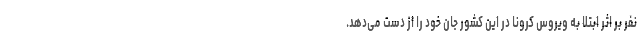
نفر بر اثر ابتلا به ویروس کرونا در این کشور جان خود را از دست می‌دهد.